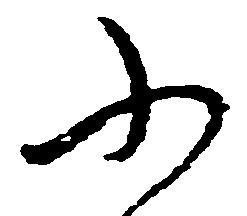
ふ